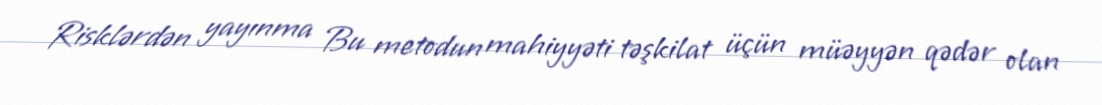
Risklərdən yayınma Bu metodun mahiyyəti təşkilat üçün müəyyən qədər olan